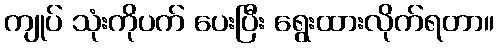
ကျုပ် သုံးကိုပက် ပေးပြီး ရွေးထားလိုက်ရတာ။